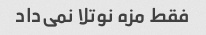
فقط مزه نوتلا نمی‌داد